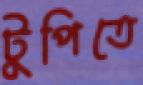
টুপিতে